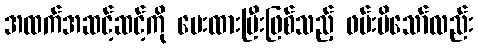
အထက်အဆင့်ဆင့်ကို ပေးထားပြီးဖြစ်သည့် ဖမ်းမိသော်လည်း